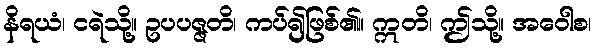
နိရယံ၊ ငရဲသို့။ ဥပပဇ္ဇတိ၊ ကပ်၍ဖြစ်၏။ ဣတိ၊ ဤသို့။ အဝေါစ၊